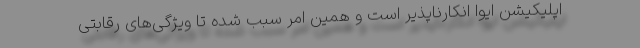
اپلیکیشن ایوا انکارناپذیر است و همین امر سبب شده تا ویژگی‌های رقابتی